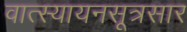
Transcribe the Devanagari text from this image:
वात्स्यायनसूत्रसार